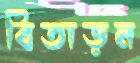
বিতাড়ন